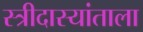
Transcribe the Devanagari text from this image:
स्त्रीदास्यांताला